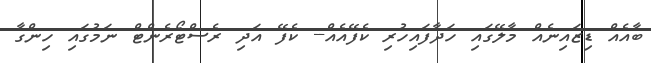
ބާއެއް ޑިޒައިނެއް މާލޭގައި ހަދާފައިހުރި ކެފޭއެއް-- ކެފޭ އަދި ރެސްޓޯރެންޓް ނަމުގައި ހިންގާ